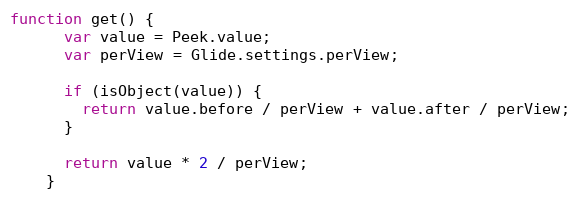
Language: JavaScript
function get() {
      var value = Peek.value;
      var perView = Glide.settings.perView;

      if (isObject(value)) {
        return value.before / perView + value.after / perView;
      }

      return value * 2 / perView;
    }